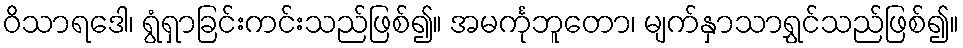
ဝိသာရဒေါ၊ ရွံရှာခြင်းကင်းသည်ဖြစ်၍။ အမင်္ကုဘူတော၊ မျက်နှာသာရွှင်သည်ဖြစ်၍။